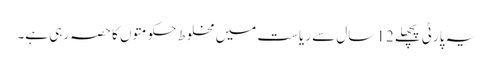
یہ پارٹی پچھلے 12 سال سے ریاست میں مخلوط حکومتوں کا حصہ رہی ہے۔